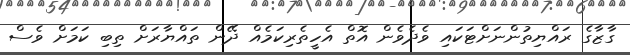
ގާޒާގެ ރައްޔިތުންނަށްޓަކައި ވެދެވެން އޮތް އެހީތެރިކަމެއް ދޭން ތައްޔާރަށް ތިބި ކަމަށް ވެސް